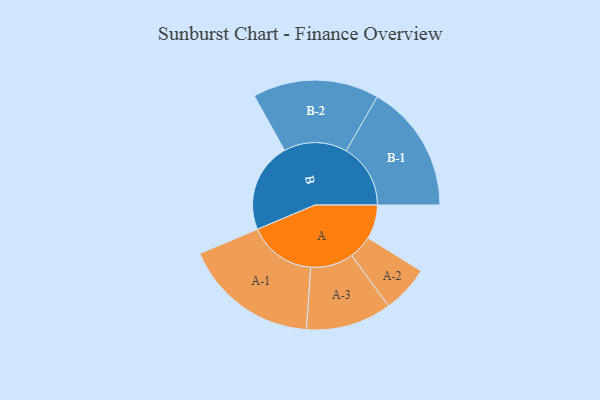
{"axis": {"x": "Segment", "y": "Value"}, "legend": ["", "A", "B"], "data": [{"x": "A", "y": 144, "type": ""}, {"x": "B", "y": 379, "type": ""}, {"x": "A-1", "y": 286, "type": "A"}, {"x": "A-2", "y": 100, "type": "A"}, {"x": "A-3", "y": 181, "type": "A"}, {"x": "B-1", "y": 272, "type": "B"}, {"x": "B-2", "y": 267, "type": "B"}]}